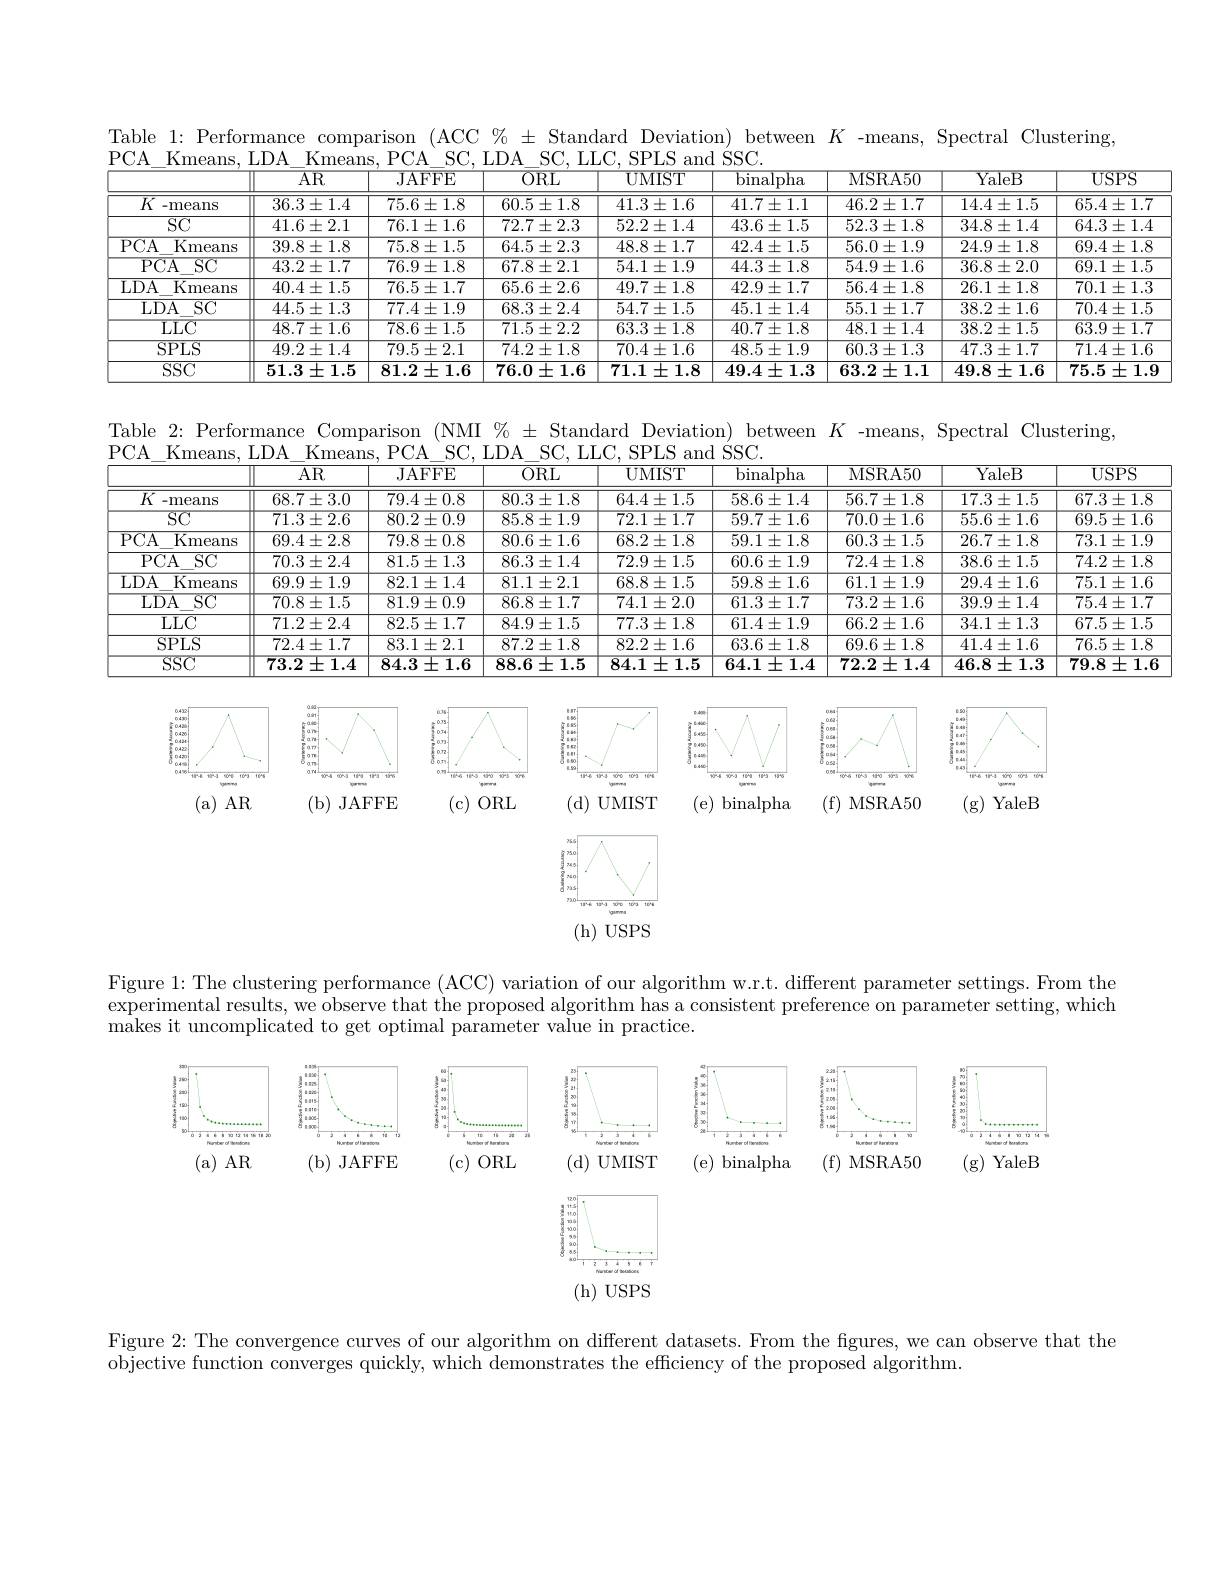
Table 1: Performance comparison (ACC % ± Standard Deviation) between $K$ -means, Spectral Clustering,

PCA$\_$Kmeans, LDA$\_$Kmeans, PCA$\_$SC, LDA$\_$SC, LLC, SPLS and SSC.
<table>
	<tbody>
		<tr>
			<th> </th>
			<th>$\overline{\mathrm{AR}}$</th>
			<th>JAFFE</th>
			<th>$\overline{\mathrm{ORL}}$</th>
			<th>${\mathrm{UMIST}}$</th>
			<th>${\mathrm{binalpha}}$</th>
			<th>${\mathrm{MSRA50}}$</th>
			<th>$\overline{\mathrm{YaleB}}$</th>
			<th>$\overline{\mathrm{USPS}}$</th>
		</tr>
		<tr>
			<td>$\overline{K\mathrm{~-means}}$</td>
			<td>$36.3\pm1.4$</td>
			<td>$75.6\pm1.8$</td>
			<td>$60.5\pm1.8$</td>
			<td>$41.3\pm1.6$</td>
			<td>$41.7\pm1.1$</td>
			<td>$46.2\pm1.7$</td>
			<td>$14.4\pm1.5$</td>
			<td>$65.4\pm1.7$</td>
		</tr>
		<tr>
			<td>$\overline{\mathrm{SC}}$</td>
			<td>$41.6\pm2.1$</td>
			<td>$76.1\pm1.6$</td>
			<td>$72.7\pm2.3$</td>
			<td>$52.2\pm1.4$</td>
			<td>$43.6\pm1.5$</td>
			<td>$52.3\pm1.8$</td>
			<td>$34.8\pm1.4$</td>
			<td>$64.3\pm1.4$</td>
		</tr>
		<tr>
			<td>$PCA$ $\overline{\mathrm{Kmeans}}$</td>
			<td>$39.8\pm1.8$</td>
			<td>$75.8\pm1.5$</td>
			<td>$64.5\pm2.3$</td>
			<td>$48.8\pm1.7$</td>
			<td>$42.4\pm1.5$</td>
			<td>$56.0\pm1.9$</td>
			<td>$24.9\pm1.8$</td>
			<td>$69.4\pm1.8$</td>
		</tr>
		<tr>
			<td>$\overline{\mathrm{PCA}}$ $\underline{\mathrm{SC}}$</td>
			<td>$43.2\pm1.7$</td>
			<td>$76.9\pm1.8$</td>
			<td>$67.8\pm2.1$</td>
			<td>$\overline{54.1\pm1.9}$</td>
			<td>$44.3\pm1.8$</td>
			<td>$54.9\pm1.6$</td>
			<td>$36.8\pm2.0$</td>
			<td>${69.1\pm1.5}$</td>
		</tr>
		<tr>
			<td>$\overline{{\mathrm{Kmeans}}}$ $LDA$</td>
			<td>$40.4\pm1.5$</td>
			<td>$76.5\pm1.7$</td>
			<td>$65.6\pm2.6$</td>
			<td>$49.7\pm1.8$</td>
			<td>$42.9\pm1.7$</td>
			<td>$56.4\pm1.8$</td>
			<td>$26.1\pm1.8$</td>
			<td>$70.1\pm1.3$</td>
		</tr>
		<tr>
			<td>$LDA$ $\overline{\mathrm{SC}}$</td>
			<td>$44.5\pm1.3$</td>
			<td>$77.4\pm1.9$</td>
			<td>$68.3\pm2.4$</td>
			<td>$54.7\pm1.5$</td>
			<td>$45.1\pm1.4$</td>
			<td>$55.1\pm1.7$</td>
			<td>$38.2\pm1.6$</td>
			<td>$70.4\pm1.5$</td>
		</tr>
		<tr>
			<td>${\mathrm{LLC}}$</td>
			<td>$48.7\pm1.6$</td>
			<td>$78.6\pm1.5$</td>
			<td>$71.5\pm2.2$</td>
			<td>$63.3\pm1.8$</td>
			<td>$40.7\pm1.8$</td>
			<td>$48.1\pm1.4$</td>
			<td>$38.2\pm1.5$</td>
			<td>$63.9\pm1.7$</td>
		</tr>
		<tr>
			<td>$SPLS$</td>
			<td>$49.2\pm1.4$</td>
			<td>$79.5\pm2.1$</td>
			<td>$74.2\pm1.8$</td>
			<td>$70.4\pm1.6$</td>
			<td>$48.5\pm1.9$</td>
			<td>$60.3\pm1.3$</td>
			<td>$47.3\pm1.7$</td>
			<td>$71.4\pm1.6$</td>
		</tr>
		<tr>
			<td>$\overline{\mathrm{SSC}}$</td>
			<td>$51.3\pm1.5$</td>
			<td>$81.2\pm1.6$</td>
			<td>76.0 $)\pm1.6$</td>
			<td>$71.1\pm1.8$</td>
			<td>$49.4\pm1.3$</td>
			<td>$63.2\pm1.1$</td>
			<td>$49.8\pm1.6$</td>
			<td>$75.5\pm1.9$</td>
		</tr>
	</tbody>
</table>

Table 2: Performance Comparison (NMI % ± Standard Deviation) between $K$ -means, Spectral Clustering

PCA Kmeans,LDA Kmeans,PCA SC.LDA SC,LLC.SPIS and SSC
<table>
	<tbody>
		<tr>
			<th> </th>
			<th>$\overline{\mathrm{AR}}$</th>
			<th>JAFFE</th>
			<th>$\overline{\mathrm{ORL}}$</th>
			<th>UMIST</th>
			<th>binalpha</th>
			<th>MSRA50</th>
			<th>YaleB</th>
			<th>$USPS$</th>
		</tr>
		<tr>
			<td>$\overline{K\mathrm{~-means}}$</td>
			<td>$68.7\pm3.0$</td>
			<td>$79.4\pm0.8$</td>
			<td>$80.3\pm1.8$</td>
			<td>$64.4\pm1.5$</td>
			<td>$58.6\pm1.4$</td>
			<td>$56.7\pm1.8$</td>
			<td>$17.3\pm1.5$</td>
			<td>$67.3\pm1.8$</td>
		</tr>
		<tr>
			<td>$\overline{SC}$</td>
			<td>$71.3\pm2.6$</td>
			<td>$80.2\pm0.9$</td>
			<td>$85.8\pm1.9$</td>
			<td>$72.1\pm1.7$</td>
			<td>$59.7\pm1.6$</td>
			<td>$70.0\pm1.6$</td>
			<td>$55.6\pm1.6$</td>
			<td>$69.5\pm1.6$</td>
		</tr>
		<tr>
			<td>$PCA$ $\overline{\mathrm{Kmeans}}$</td>
			<td>$69.4\pm2.8$</td>
			<td>$79.8\pm0.8$</td>
			<td>$80.6\pm1.6$</td>
			<td>$68.2\pm1.8$</td>
			<td>$59.1\pm1.8$</td>
			<td>$60.3\pm1.5$</td>
			<td>$26.7\pm1.8$</td>
			<td>$73.1\pm1.9$</td>
		</tr>
		<tr>
			<td>$PCA$ $\overline{\mathrm{SC}}$</td>
			<td>$70.3\pm2.4$</td>
			<td>$81.5\pm1.3$</td>
			<td>$86.3\pm1.4$</td>
			<td>$72.9\pm1.5$</td>
			<td>$60.6\pm1.9$</td>
			<td>$72.4\pm1.8$</td>
			<td>$38.6\pm1.5$</td>
			<td>$74.2\pm1.8$</td>
		</tr>
		<tr>
			<td>$LDA$ $\overline{\mathrm{Kmeans}}$</td>
			<td>$69.9\pm1.9$</td>
			<td>$82.1\pm1.4$</td>
			<td>$81.1\pm2.1$</td>
			<td>$68.8\pm1.5$</td>
			<td>$59.8\pm1.6$</td>
			<td>$61.1\pm1.9$</td>
			<td>$29.4\pm1.6$</td>
			<td>$75.1\pm1.6$</td>
		</tr>
		<tr>
			<td>$LDA$ $\overline{\mathrm{SC}}$</td>
			<td>$70.8\pm1.5$</td>
			<td>$81.9\pm0.9$</td>
			<td>$86.8\pm1.7$</td>
			<td>$74.1\pm2.0$</td>
			<td>$61.3\pm1.7$</td>
			<td>$73.2\pm1.6$</td>
			<td>$39.9\pm1.4$</td>
			<td>$75.4\pm1.7$</td>
		</tr>
		<tr>
			<td>$LLC$</td>
			<td>$71.2\pm2.4$</td>
			<td>$82.5\pm1.7$</td>
			<td>$84.9\pm1.5$</td>
			<td>$77.3\pm1.8$</td>
			<td>$61.4\pm1.9$</td>
			<td>$66.2\pm1.6$</td>
			<td>$34.1\pm1.3$</td>
			<td>$67.5\pm1.5$</td>
		</tr>
		<tr>
			<td>$SPLS$</td>
			<td>$72.4\pm1.7$</td>
			<td>$83.1\pm2.1$</td>
			<td>$87.2\pm1.8$</td>
			<td>$82.2\pm1.6$</td>
			<td>$63.6\pm1.8$</td>
			<td>$69.6\pm1.8$</td>
			<td>$41.4\pm1.6$</td>
			<td>$76.5\pm1.8$</td>
		</tr>
		<tr>
			<td>$SSC$</td>
			<td>$73.2\pm1.4$</td>
			<td>$84.3\pm1.6$</td>
			<td>$88.6\pm1.5$</td>
			<td>$84.1\pm1.5$</td>
			<td>$64.1\pm1.4$</td>
			<td>72.2 $2\pm1.4$</td>
			<td>$46.8\pm1.3$</td>
			<td>79.8 士 1.6</td>
		</tr>
	</tbody>
</table>

<FigureHere>
(a)AR
(b) JAFFE
(c) ORL
(d) UMIST
( e) binalpha
( f) MSRA50
(g) YaleB

<FigureHere>
(h)USPS

Figure 1: The clustering performance (ACC) variation of our algorithm w.r.t. different parameter settings. From the experimental results, we observe that the proposed algorithm has a consistent preference on parameter setting, which makes it uncomplicated to get optimal parameter value in practice.

<FigureHere>
$AR$
(b)JAFFE
(c)
( e)  binalpha
(g) YaleB
( f)  MSRA50

<FigureHere>
(h)USPS

Figure 2: The convergence curves of our algorithm on different datasets. From the figures, we can observe that the
$\bar{\text{objective function converges quickly, which demonstrates the efficiency of the proposed algorithm.}}$